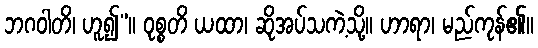
ဘဂဝါတိ၊ ဟူ၍”။ ဝုစ္စတိ ယထာ၊ ဆိုအပ်သကဲ့သို့။ ဟာရာ၊ မည်ကုန်၏။